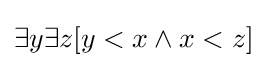
\exists y\exists z[y<x\land x<z]